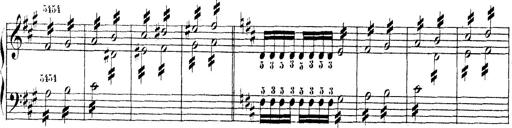
Title: Technische Studien
Composer: Franz Liszt